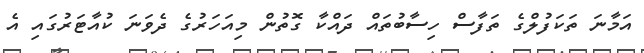
އަމާނަ ތަކަފުލްގެ ތަފާސް ހިސާބުތައް ދައްކާ ގޮތުން މިއަހަރުގެ ދެވަނަ ކުއާޓަރުގައި އެ